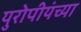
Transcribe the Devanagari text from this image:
युरोपीयंच्या